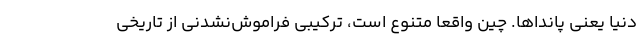
دنیا یعنی پانداها. چین واقعا متنوع است، ترکیبی فراموش‌نشدنی از تاریخی